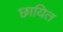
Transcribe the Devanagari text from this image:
छायित